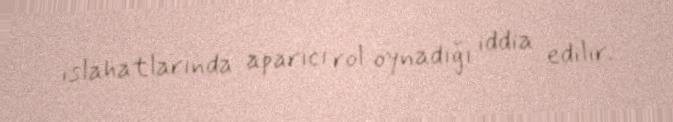
islahatlarında aparıcı rol oynadığı iddia edilir.